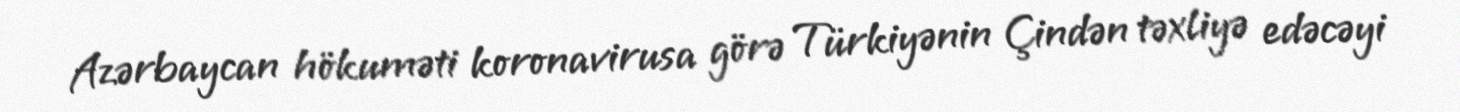
Azərbaycan hökuməti koronavirusa görə Türkiyənin Çindən təxliyə edəcəyi